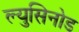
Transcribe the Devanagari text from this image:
ल्युसिनोड